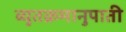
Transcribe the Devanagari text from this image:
व्युतक्रमानुपाती